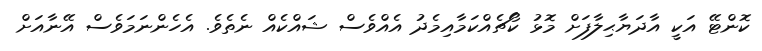
ކޮންޓޭ އަކީ އާދަޔާޙިލާފަށް މޮޅު ކޯޗެއްކަމާއިމެދު އެއްވެސް ޝައްކެއް ނެތެވެ. އެހެންނަމަވެސް އޭނާއަށް